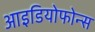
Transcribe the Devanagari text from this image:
आइडियोफोन्स